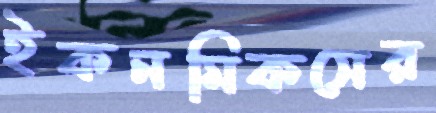
ইকনমিকসের